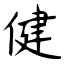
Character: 健